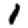
Digit: 1